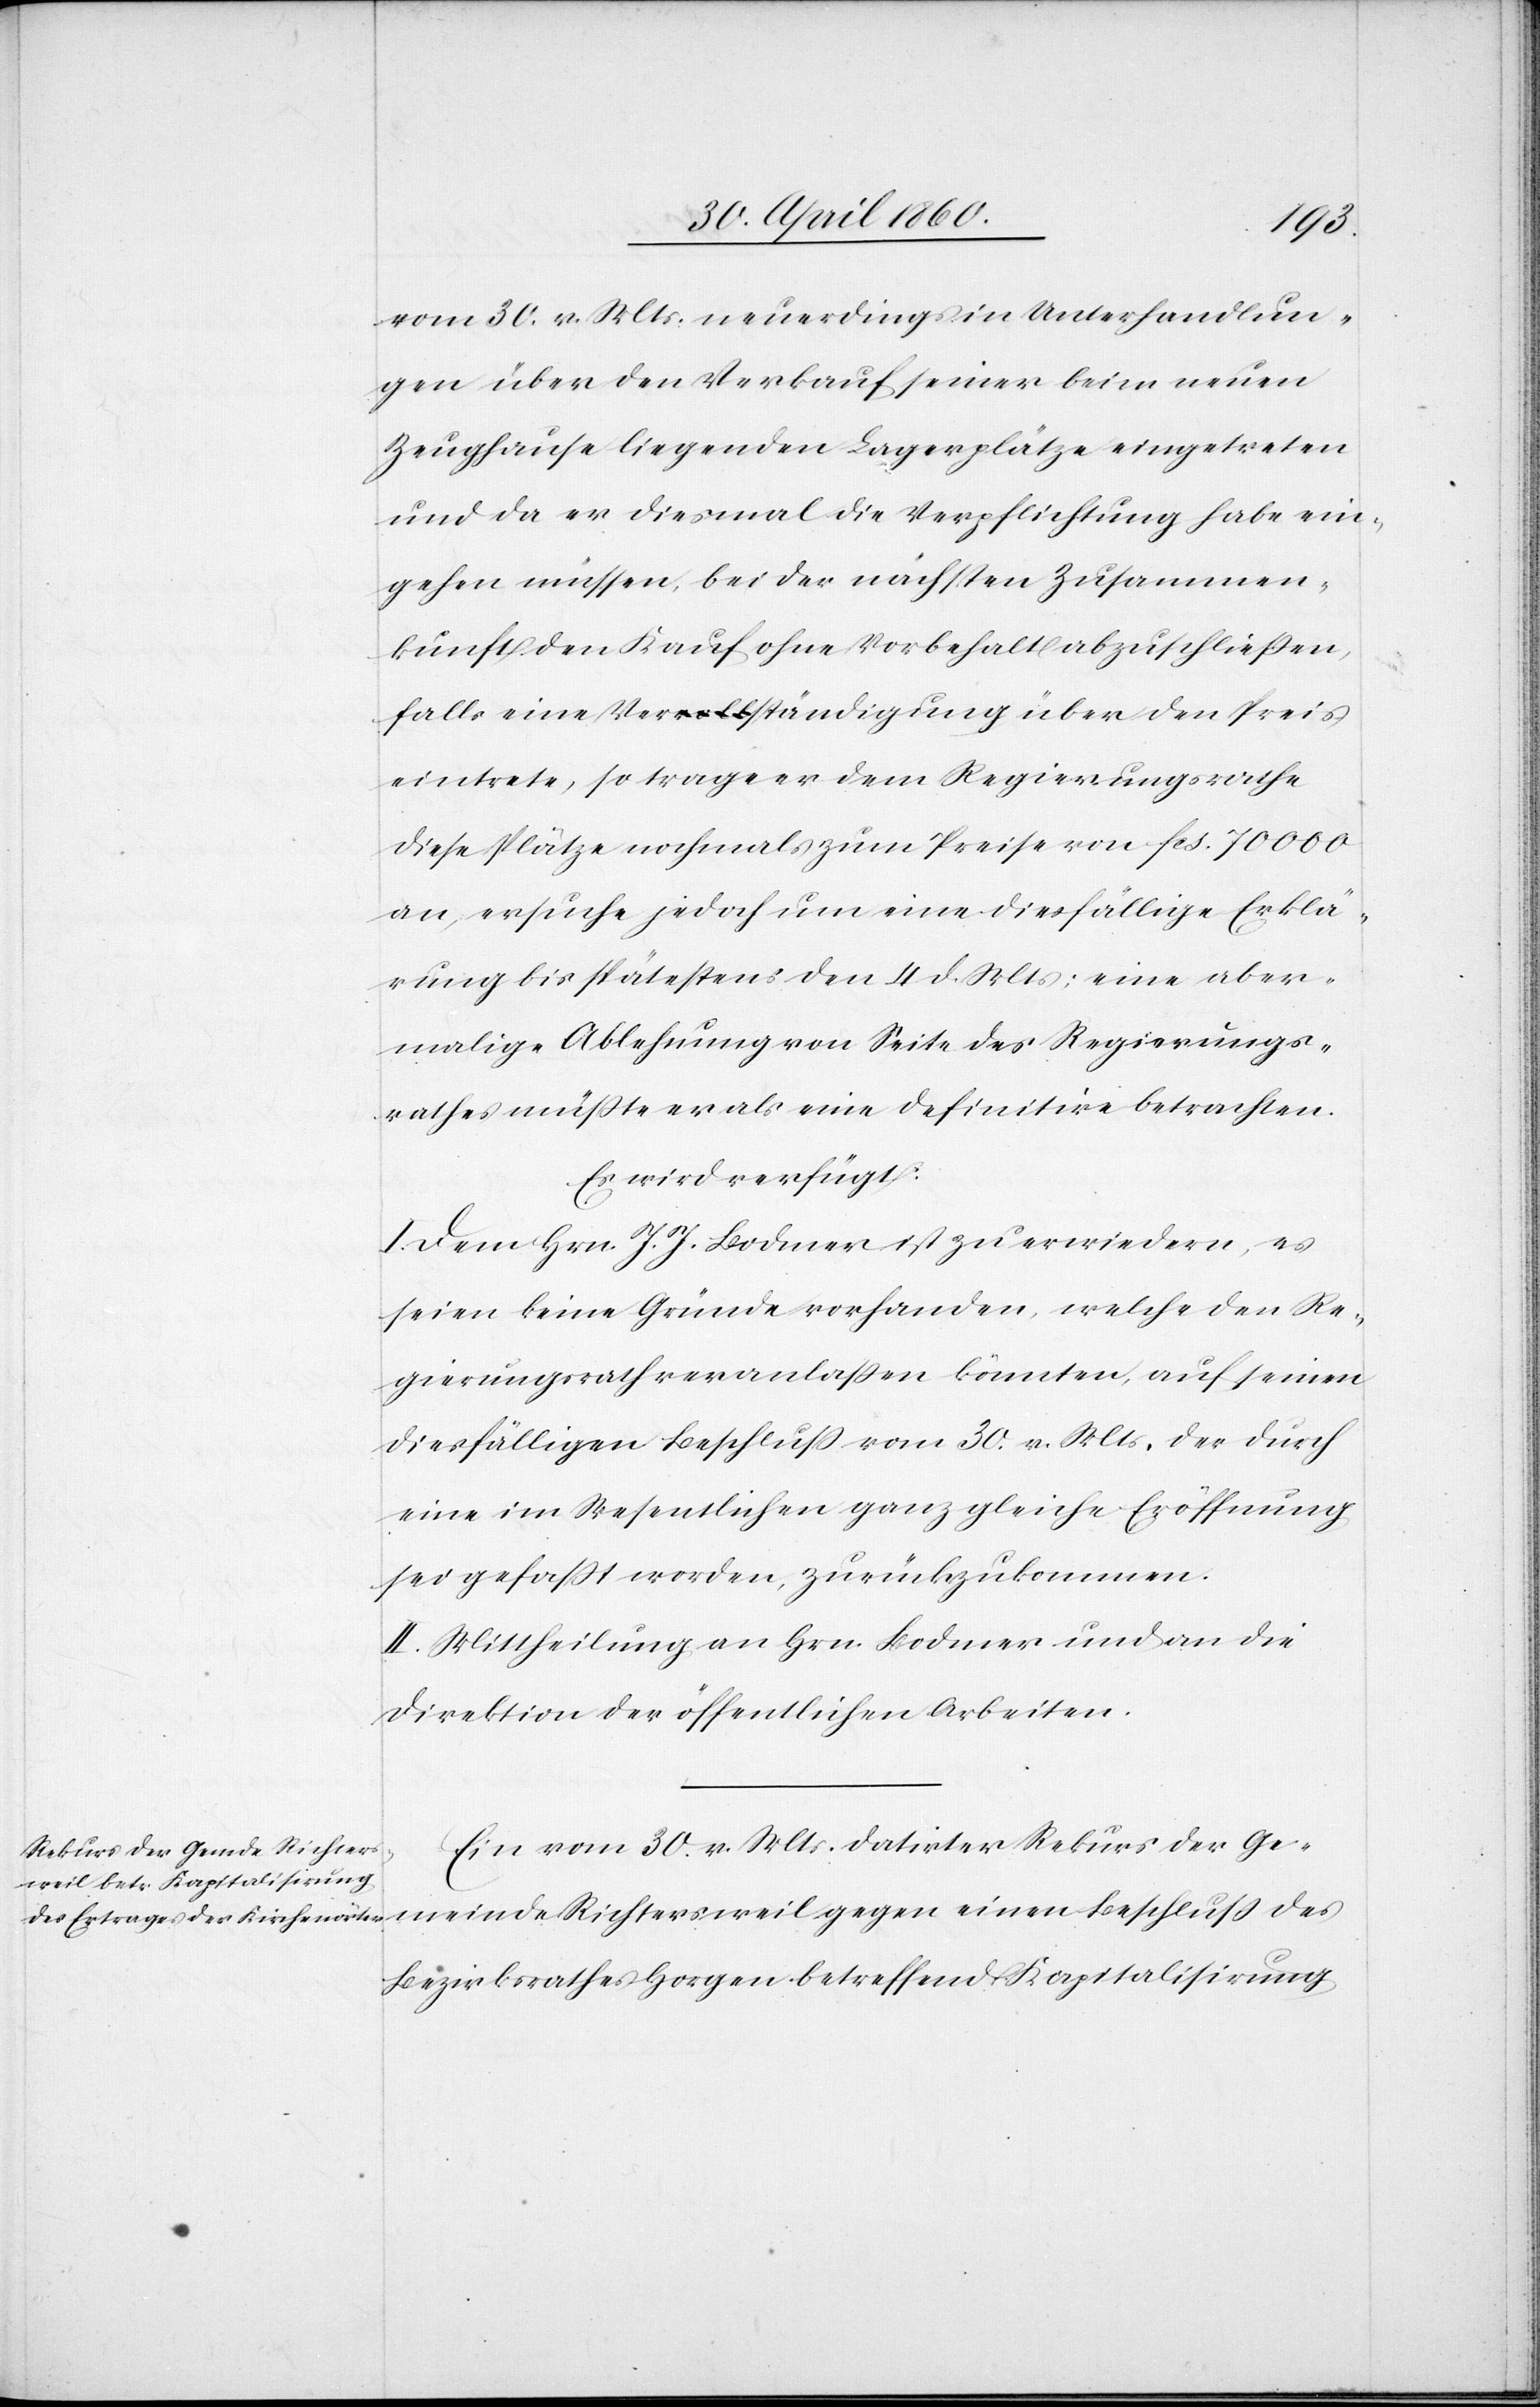
vom 30. v. Mts. neuerdings in Unterhandlun¬
gen über den Verkauf einer beim neuen
Zeughause liegenden Lagerplätze eingetreten
und da er diesmal die Verpflichtung habe ein¬
gehen müssen, bei der nächsten Zusammen¬
kunft den Kauf ohne Vorbehalt abzuschließen,
falls eine Verständigung über den Preis
eintrete, so trage er dem Regierungsrathe
diese Plätze nochmals zum Preise von fcs. 70 000
an, ersuche jedoch um eine diesfällige Erklä¬
rung bis spätestens den 4. d. Mts; eine aber¬
malige Ablehnung von Seite des Regierungs¬
rathes müsste er als eine definitive betrachten.
Es wird verfügt:
I. Dem Hrn. J. J. Bodmer ist zu erwiedern, es
seien keine Gründe vorhanden, welche den Re¬
gierungsrath veranlassen könnten, auf seinen
diesfälligen Beschluss vom 30. v. Mts, der durch
eine im Wesentlichen ganz gleiche Eröffnung
sei gefasst worden, zurückzukommen.
II. Mittheilung an Hrn. Bodmer und an die
Direktion der öffentlichen Arbeiten.
Ein vom 30. v. Mts. datirter Rekurs der Ge¬
meinde Richtersweil gegen einen Beschluss des
Bezirksrathes Horgen betreffend Kapitalisirung